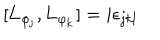
\lbrack \mathbf { L _ { \varphi _ { j } } } , \mathbf { L _ { \varphi _ { k } } } ] = i \epsilon _ { j k l }